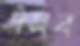
ঐসব